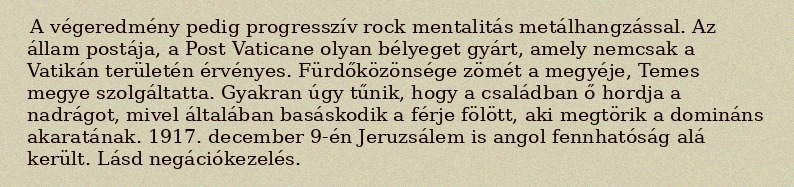
A végeredmény pedig progresszív rock mentalitás metálhangzással. Az állam postája, a Post Vaticane olyan bélyeget gyárt, amely nemcsak a Vatikán területén érvényes. Fürdőközönsége zömét a megyéje, Temes megye szolgáltatta. Gyakran úgy tűnik, hogy a családban ő hordja a nadrágot, mivel általában basáskodik a férje fölött, aki megtörik a domináns akaratának. 1917. december 9-én Jeruzsálem is angol fennhatóság alá került. Lásd negációkezelés.